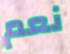
نعم